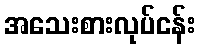
အသေးစားလုပ်ငန်း